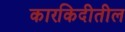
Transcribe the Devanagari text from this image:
कारकिदीतील